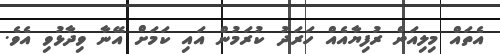
އެތައް މިލިއަން ރުފިޔާއެއް ހަރަދު ކުރަމުން އައި ކަމަށް އޭނާ ވިދާޅުވި އެވެ.